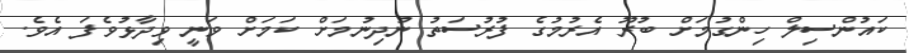
ކައުންސިލް ހިންގުމަށް ބުރޫ އެރުމުގެ ފުރުސަތު ނުދިނުމަށް ކަމަށް ވަނީ ވިދާޅުވެފަ އެވެ.